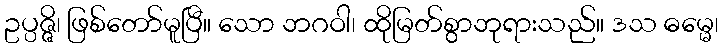
ဥပ္ပဇ္ဇိ၊ ဖြစ်တော်မူပြီ။ သော ဘဂဝါ၊ ထိုမြတ်စွာဘုရားသည်။ ဒသ ဓမ္မေ၊